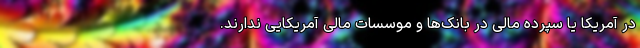
در آمریکا یا سپرده مالی در بانک‌ها و موسسات مالی آمریکایی ندارند.